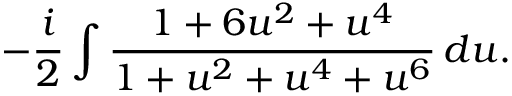
- { \frac { i } { 2 } } \int { \frac { 1 + 6 u ^ { 2 } + u ^ { 4 } } { 1 + u ^ { 2 } + u ^ { 4 } + u ^ { 6 } } } \, d u .